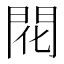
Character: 𫔛